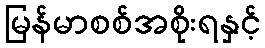
မြန်မာစစ်အစိုးရနှင့်